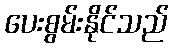
ပေးစွမ်းနိုင်သည်